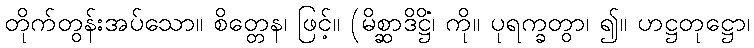
တိုက်တွန်းအပ်သော။ စိတ္တေန၊ ဖြင့်။ (မိစ္ဆာဒိဋ္ဌိံ၊ ကို။ ပုရက္ခတွာ၊ ၍။ ဟဋ္ဌတုဋ္ဌော၊